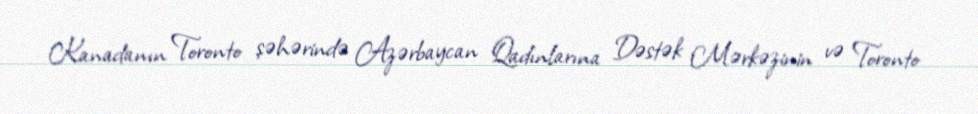
Kanadanın Toronto şəhərində Azərbaycan Qadınlarına Dəstək Mərkəzinin və Toronto